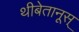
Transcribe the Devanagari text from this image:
थीबेतानूस्